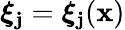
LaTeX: \boldsymbol{\xi}_{\mathbf{j}}=\boldsymbol{\xi}_{\mathbf{j}}(\mathbf{{x}})